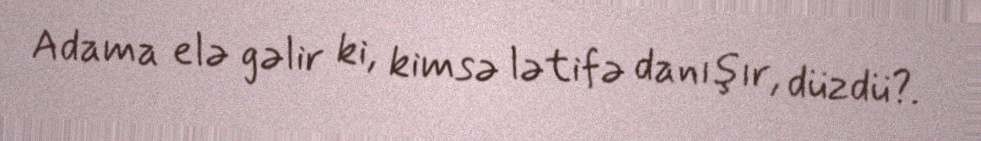
Adama elə gəlir ki, kimsə lətifə danışır, düzdü?.